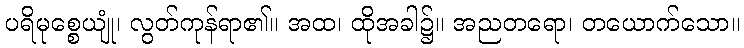
ပရိမုစ္စေယျုံ၊ လွတ်ကုန်ရာ၏။ အထ၊ ထိုအခါ၌။ အညတရော၊ တယောက်သော။